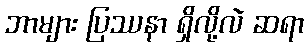
ဘာများ ပြဿနာ ရှိလို့လဲ ဆရာ